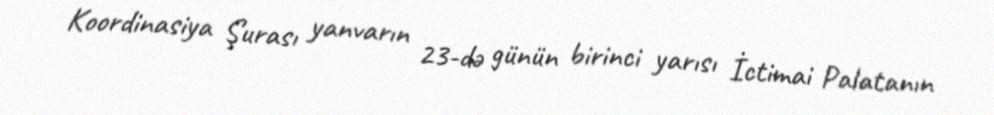
Koordinasiya Şurası yanvarın 23-də günün birinci yarısı İctimai Palatanın